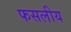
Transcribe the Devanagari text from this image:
फसलीय